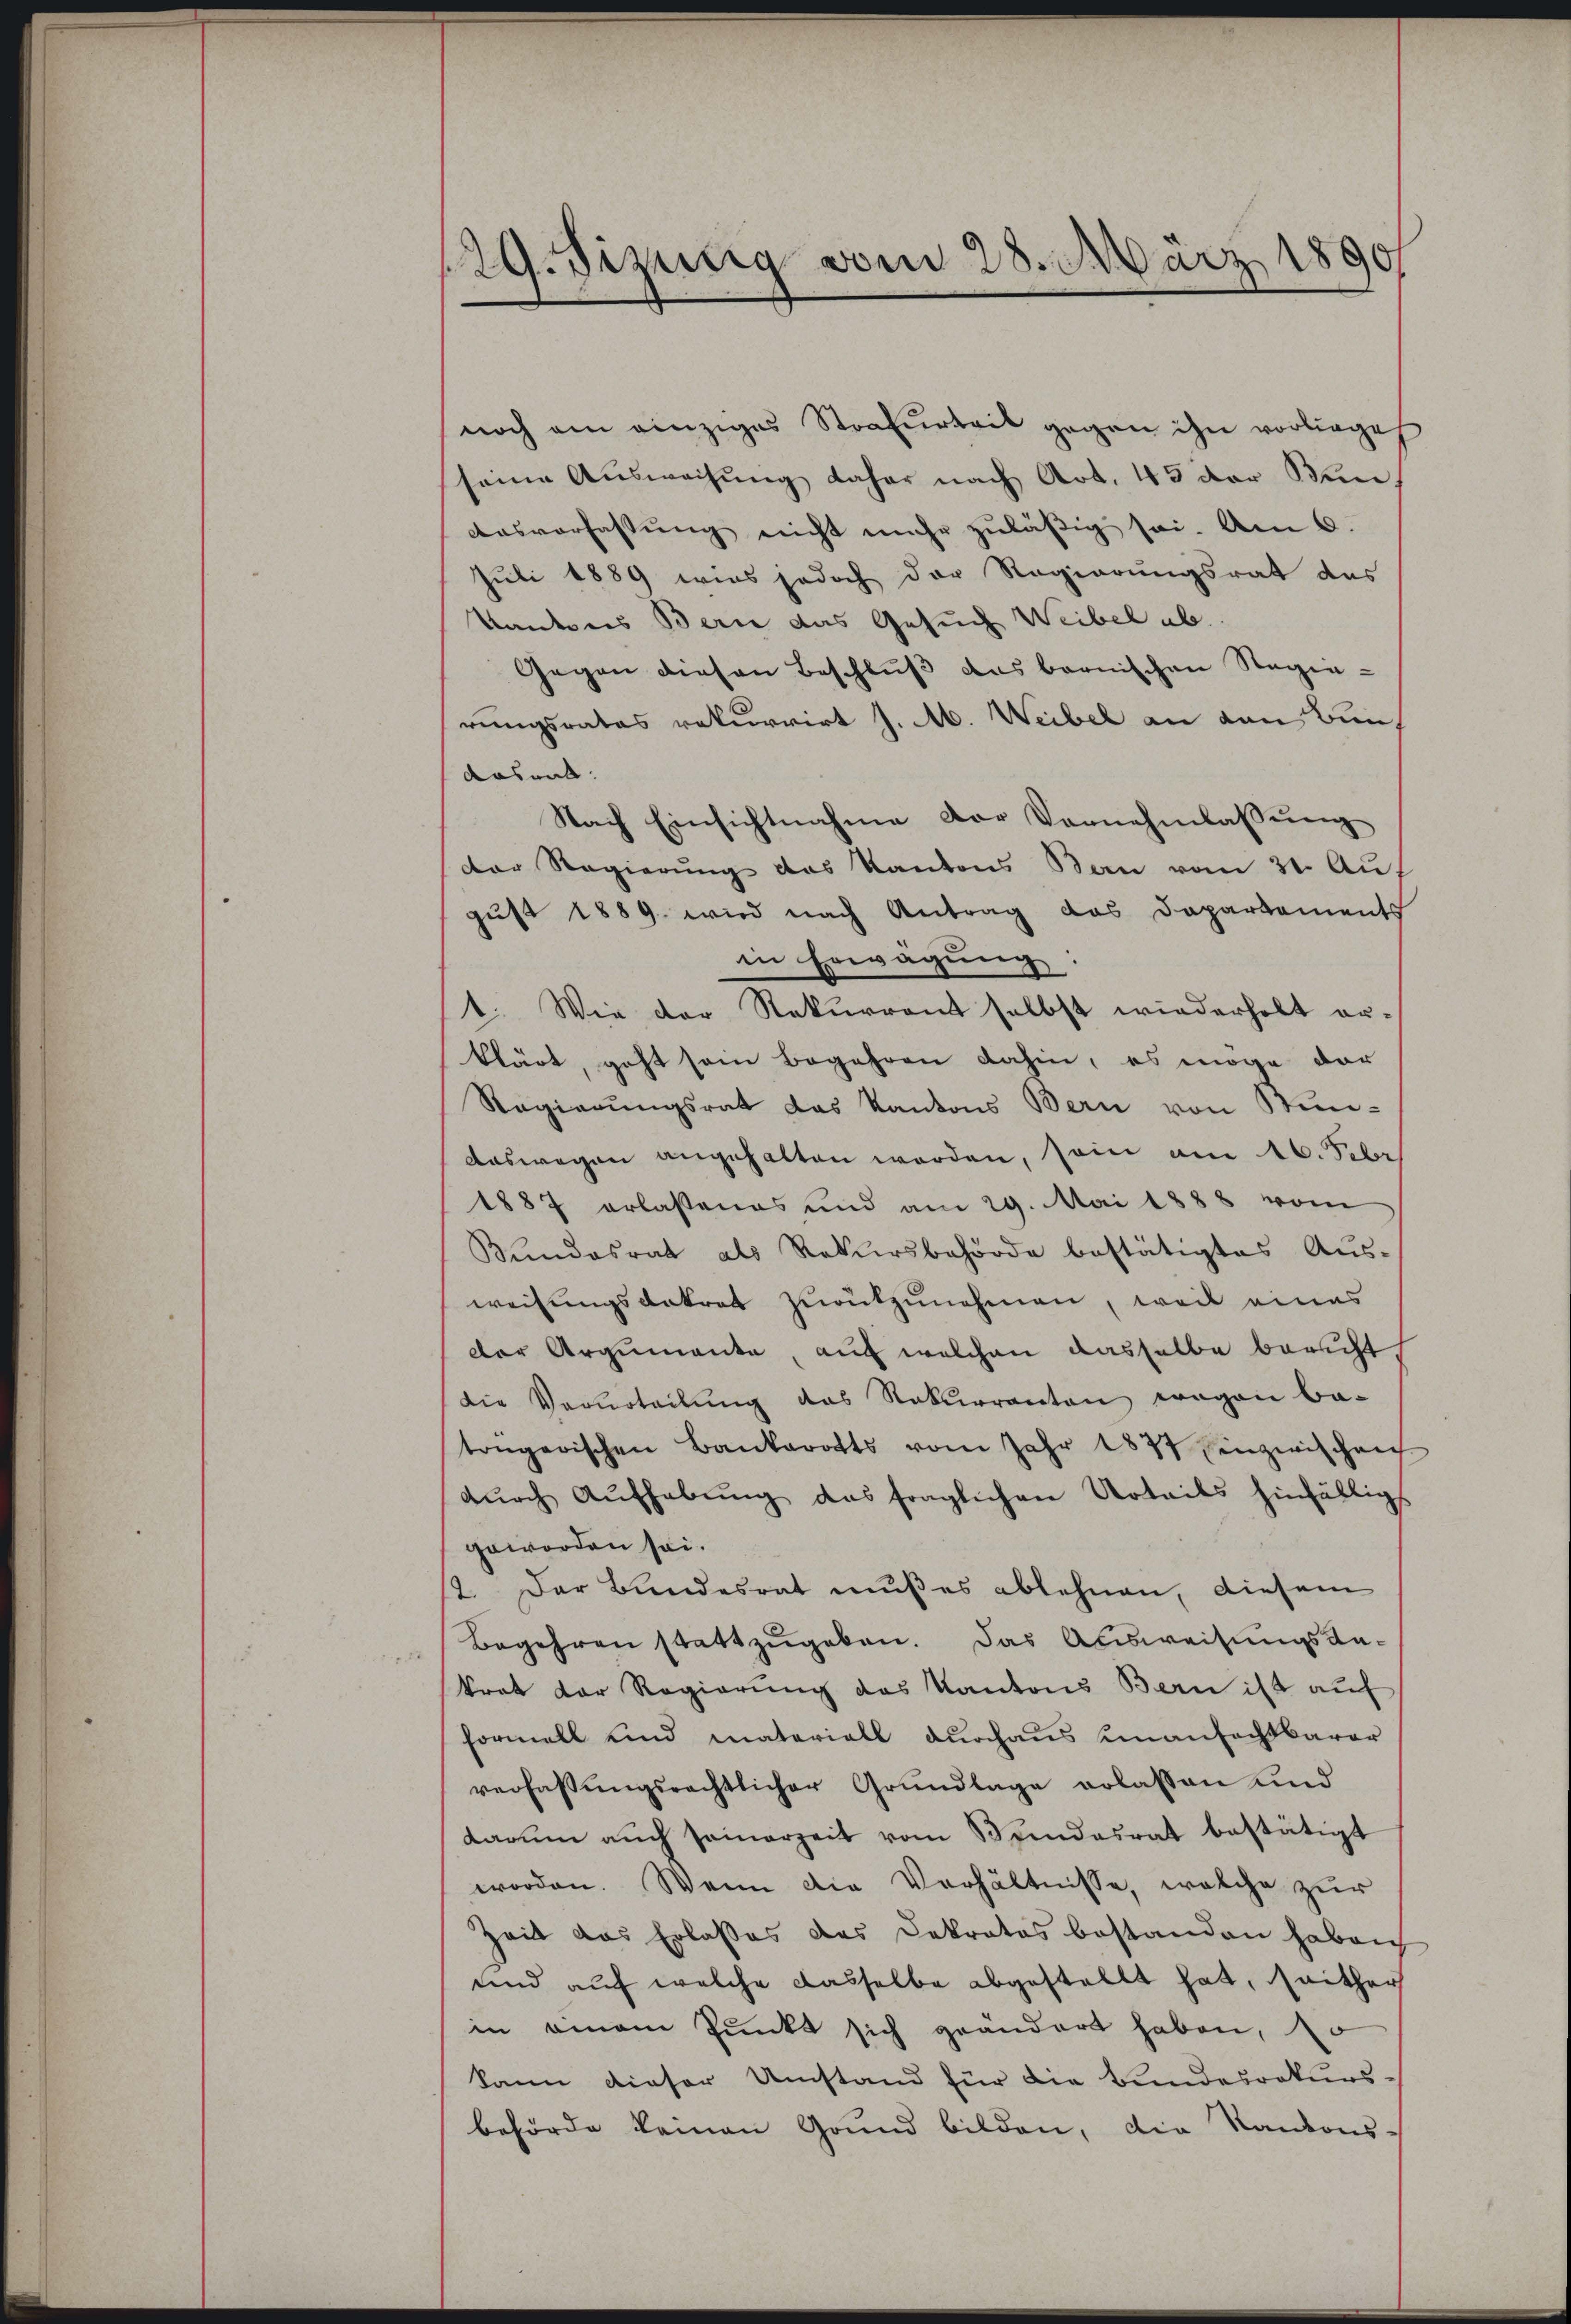
129. Sizung vom 28. März 1890

noch ein einziges Strafurteil gegen ihn vorliege
seine Ausweisung daher nach Art. 45 der Bun¬
Ausverfassung nicht mehr zuläßig sei. Am 6.
Juli 1889 wies jedoch der Regierungsrat das
Kantons Bern das Gesuch Weibel ab.
Gegen diesen Beschluß das bernischen Regierungsrates rekurrirt J. M. Weibel an den Bun¬
Aoswall.
Nach Einsichtnahme der Vernehmlassung
der Regierung des Kantons Bau vom 31. Au
gust 1889. wird nach Antrag das Dapartements
in Erwägŭng:
1. Wie der Rekurrent selbst wiederholt erklärt, geht sein begehren dahin, es möge der
Regierungsrat das Kantons Bern von Stundeswegen angehalten werden, sein am 16. Febr
1887 erlassenes und am 29. Mai 1888 vom
Bundesrat als Rekursbehörde bestätigtes Aŭs-
weisungsdekret zurükzunehmen, weil eines
der Argumente, auf welchen dasselbe bericht
die Verurteilŭng das Rekurrenten wegen be-
trügerischen Bankarotts vom Jahr 1837 inzwischen
dŭrch Aŭfhebŭng das fraglichen Urteils hinfällig
geworden sei.
2. Der Bundesrat mußes ablehnen, diesem
Begehren stattzugeben. Das Ausweisungsankrat der Regierung des Kantons Bern ist auf
formell und materiell durchaus unanfechtbarer
verfassŭngsrechtlicher Grŭndlage erlassen und
darum auch seinerzeit vom Sendesrat bestätigt
worden. Wenn die Verhältnisse, welche zur
Zeit das Erlaßes das Dekrates bestanden haben
und auf welche dasselbe abgestellt hat, seither
in einem Punkt sich geändert haben, o
kann dieser Umstand für die Bundesrekurs-
behörde keinen Grund bilden, die Kantons-